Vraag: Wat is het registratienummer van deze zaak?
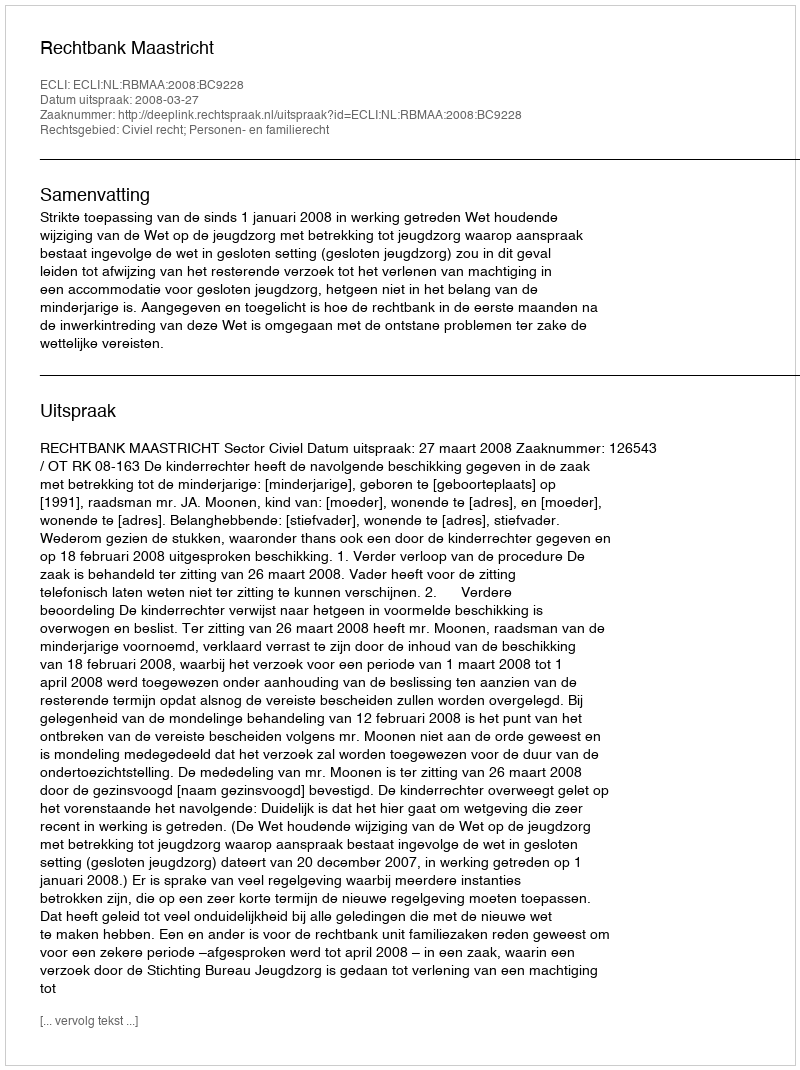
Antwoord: http://deeplink.rechtspraak.nl/uitspraak?id=ECLI:NL:RBMAA:2008:BC9228